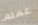
عمتم